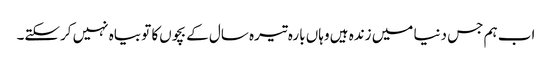
اب ہم جس دنیا میں‌ زندہ ہیں‌ وہاں‌ بارہ تیرہ سال کے بچوں‌کا تو بیاہ نہیں‌ کرسکتے۔